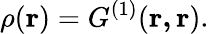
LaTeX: \rho(\mathbf{r})=G^{(1)}(\mathbf{r,r}).